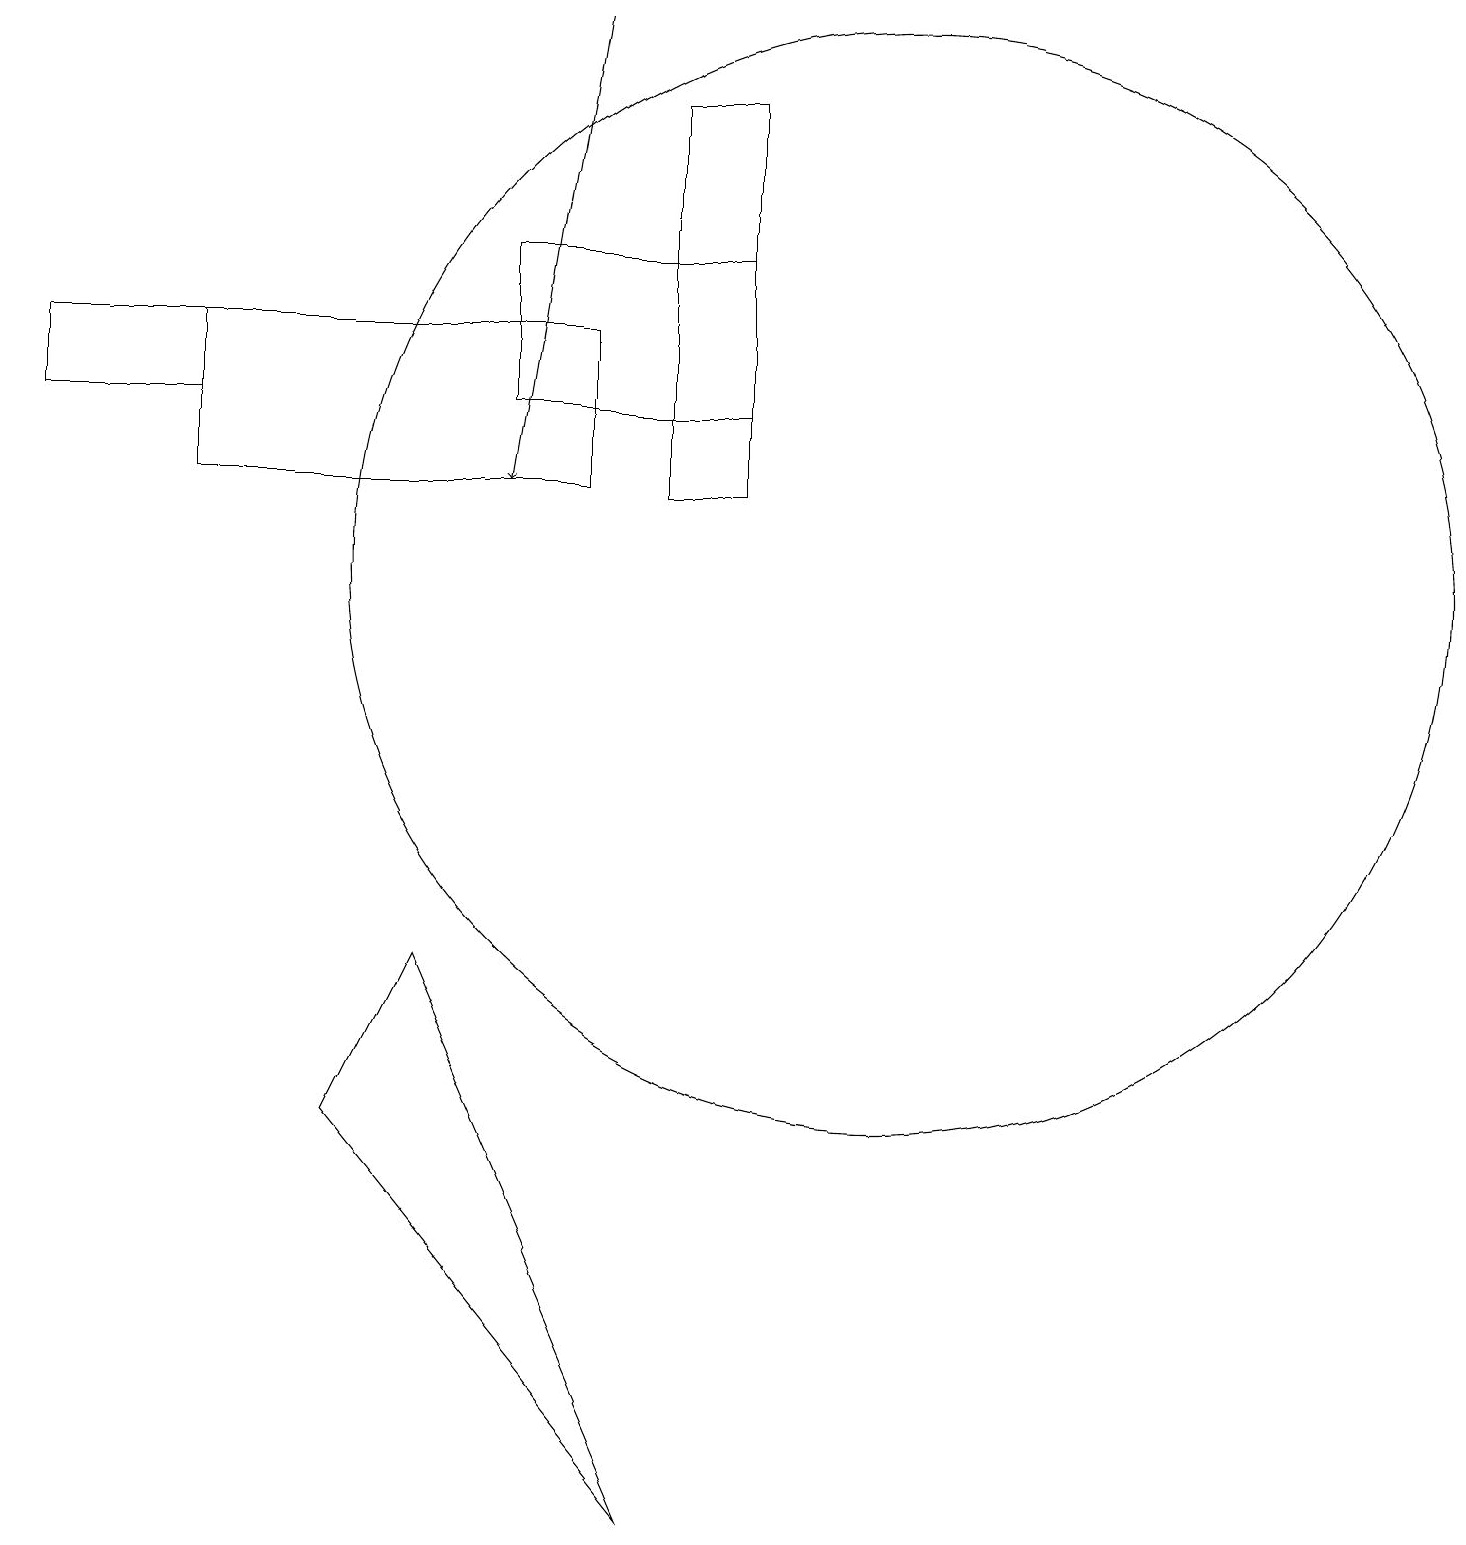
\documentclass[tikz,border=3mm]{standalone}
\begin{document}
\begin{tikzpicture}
\draw (8,18) rectangle (9,13);
\draw (2,13) rectangle (7,15);
\draw[->] (7,19) -- (6,13);
\draw (8,0) -- (4,5) -- (5,7) -- cycle;
\draw (11,12) circle (7);
\draw (2,14) rectangle (0,15);
\draw (6,16) rectangle (9,14);
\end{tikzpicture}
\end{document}